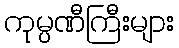
ကုမ္ပဏီကြီးများ